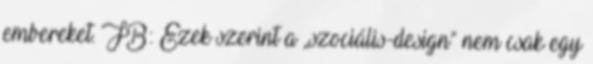
embereket. FB: Ezek szerint a „szociális-design” nem csak egy